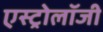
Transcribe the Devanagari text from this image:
एस्‍ट्रोलॉजी